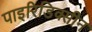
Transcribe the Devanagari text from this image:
पाइरिडिक्सीन